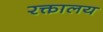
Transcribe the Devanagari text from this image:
रक्तालय